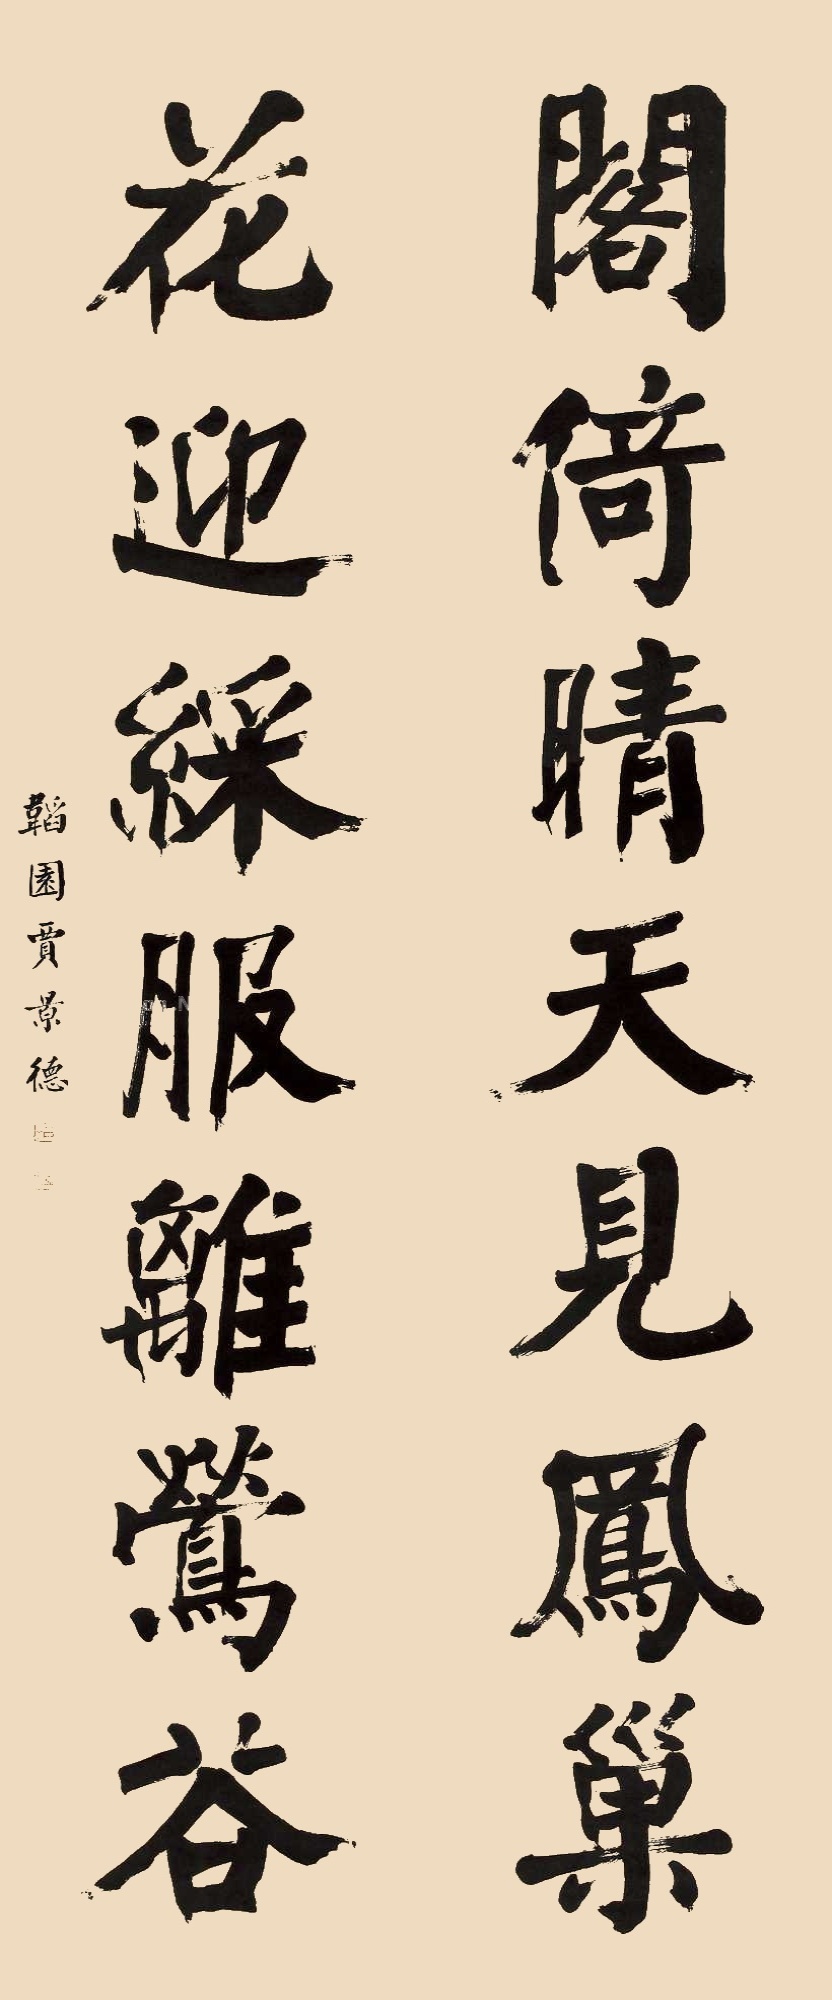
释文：阁倚晴天见凤巢，花迎彩服离莺谷。韬园贾景德。